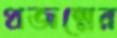
প্রজন্মের